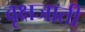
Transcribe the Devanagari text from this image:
वृक्षजाती